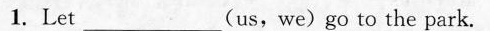
1.Let___(us,we)go to the park.